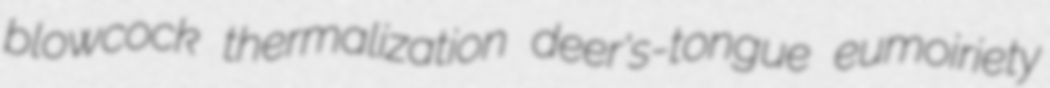
blowcock thermalization deer's-tongue eumoiriety